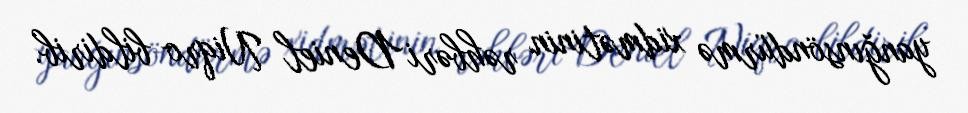
yanğınsöndürmə xidmətinin rəhbəri Deniel Niqro bildirib.